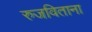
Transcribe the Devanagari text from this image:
रुजविताना